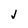
Character: j